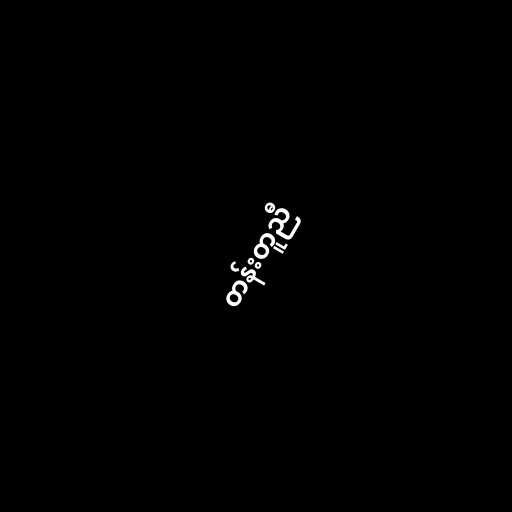
တန်းတူညီ